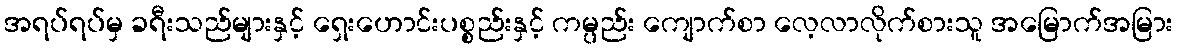
အရပ်ရပ်မှ ခရီးသည်များနှင့် ရှေးဟောင်းပစ္စည်းနှင့် ကမ္ပည်း ကျောက်စာ လေ့လာလိုက်စားသူ အမြောက်အမြား